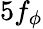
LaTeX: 5f_{\phi}